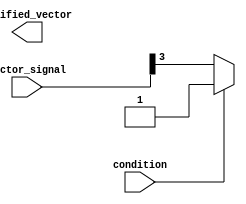
module bit_select_assign (
    input wire [7:0] vector_signal,
    input wire condition,
    output reg [7:0] modified_vector
);

always @* begin
    if (condition) begin
        modified_vector[3] = 1'b1; // assigning bit 3 of vector_signal to 1 if condition is true
    end else begin
        modified_vector[3] = vector_signal[3]; // assigning bit 3 of vector_signal to modified_vector if condition is false
    end
end

endmodule